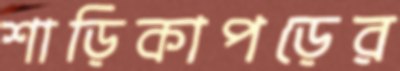
শাড়িকাপড়ের